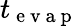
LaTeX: t_{\mathrm{~e~v~a~p~}}